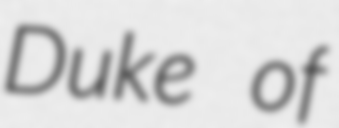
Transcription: Duke of